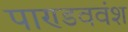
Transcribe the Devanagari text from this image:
पाण्डववंश